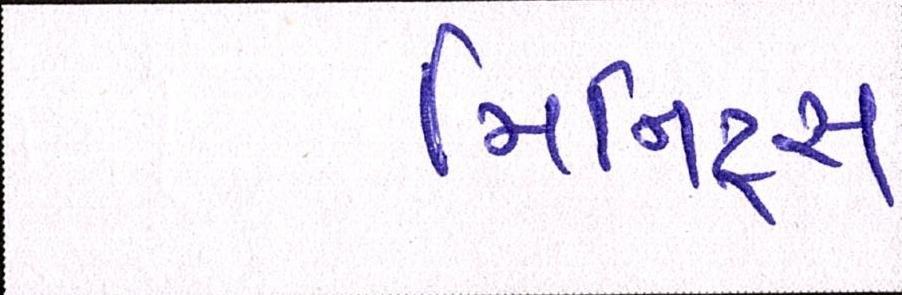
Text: મિનિટ્સ